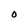
Character: O